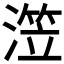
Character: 𰜺